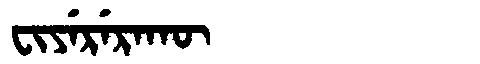
Manchu: ᠸᡳᠶᡝᡵᡝᡵᠠᡴᡡ
Romanization: FIYERERAKŪ